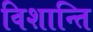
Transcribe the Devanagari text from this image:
विशान्ति